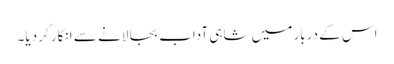
اس کے دربار میں شاہی آداب بجا لانے سے انکار کر دیا۔